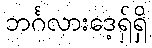
ဘင်္ဂလားဒေ့ရှ်ရှိ